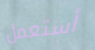
أستعمل